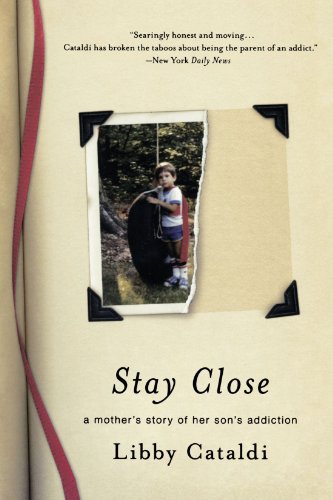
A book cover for Stay Close: A Mother's Story of Her Son's Addiction; Libby Cataldi; Health, Fitness & Dieting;